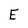
Character: E